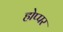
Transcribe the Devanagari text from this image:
होप्पर